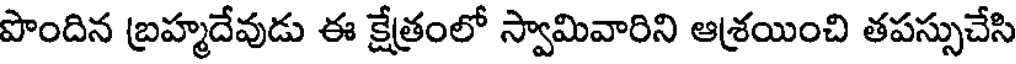
పొందిన బ్రహ్మదేవుడు ఈ క్షేత్రంలో స్వామివారిని ఆశ్రయించి తపస్సుచేసి